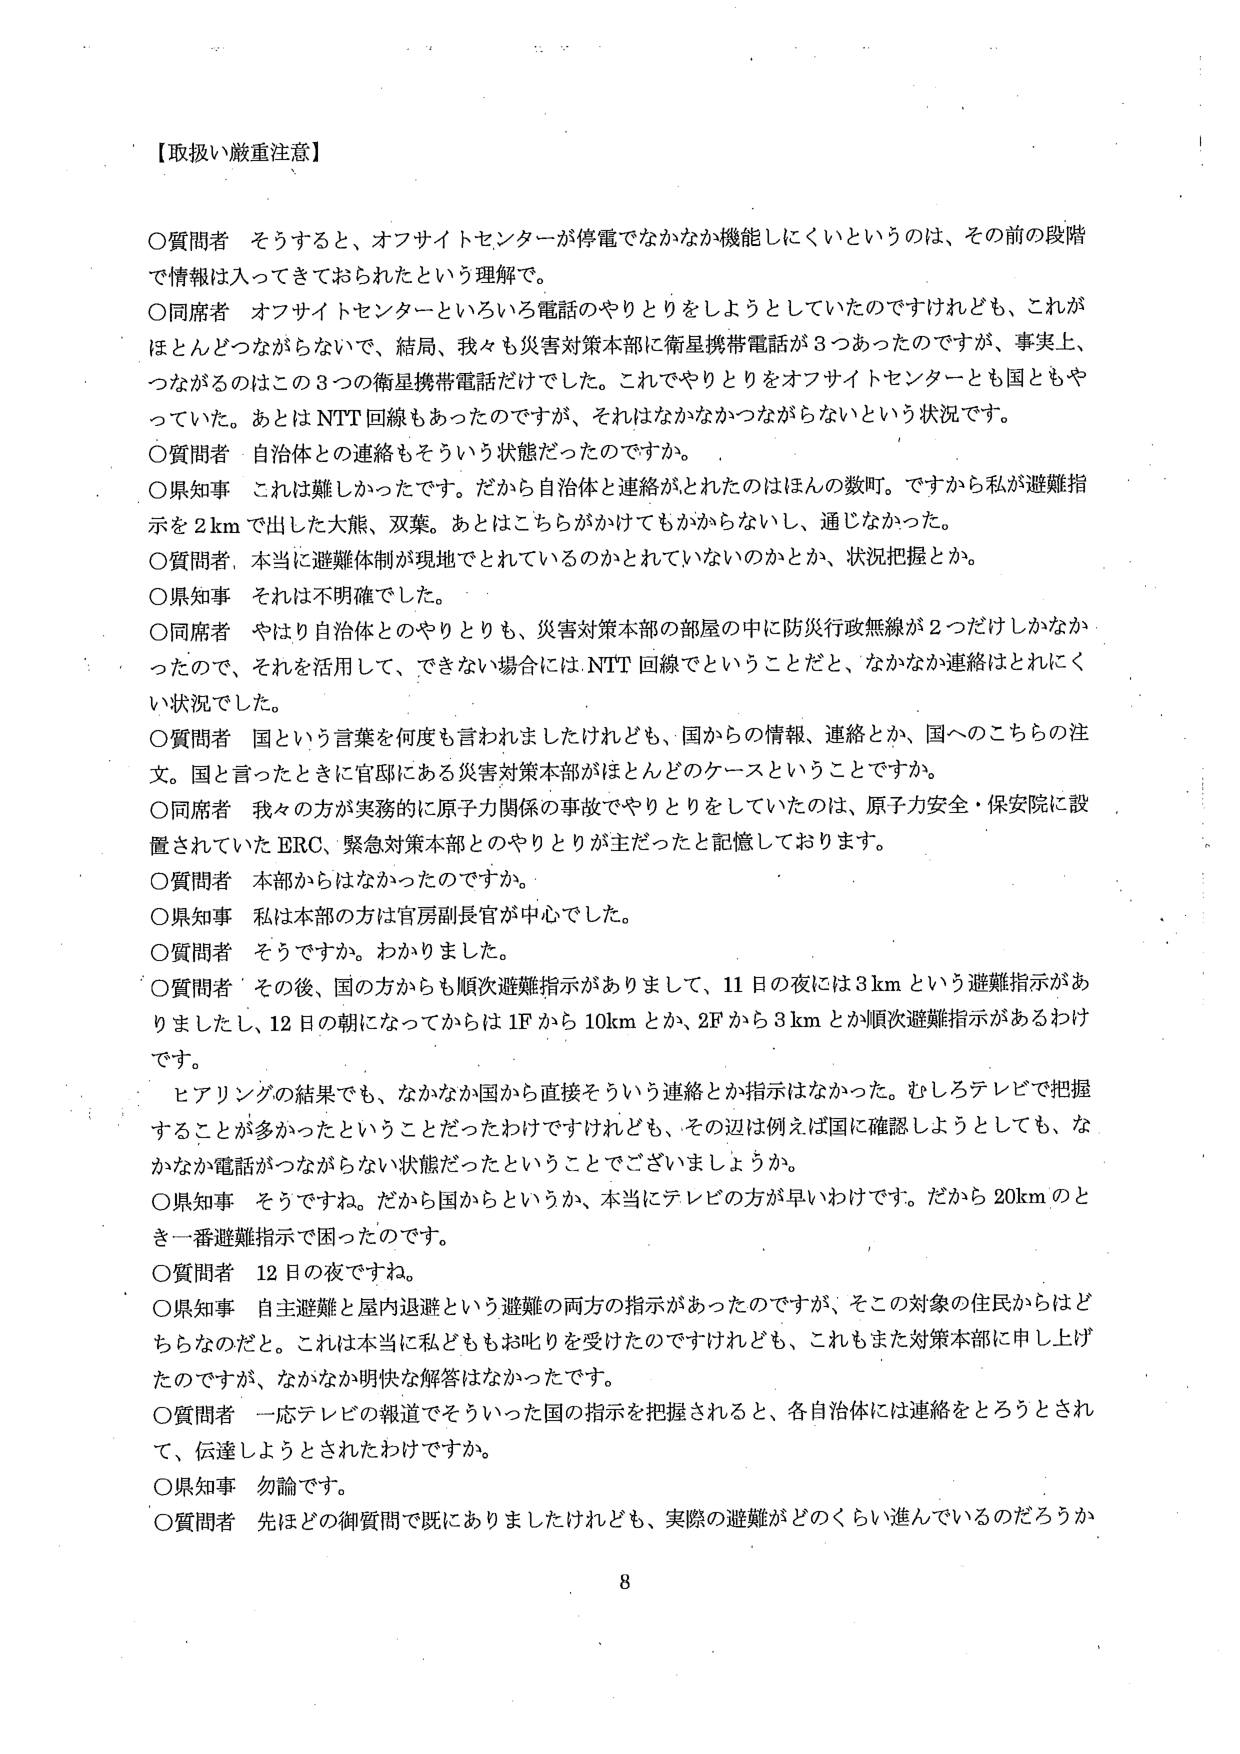
【取扱い厳重注意】

○質問者 そうすると、オフサイトセンターが停電でなかなか機能しにくいというのは、その前の段階で情報は入ってきておられたという理解で。

○同席者 オフサイトセンターといろいろ電話のやりとりをしようとしていたのですけれども、これがほとんどつながらないで、結局、我々も災害対策本部に衛星携帯電話が3つあったのですが、事実上、つながるのはこの3つの衛星携帯電話だけでした。これでやりとりをオフサイトセンターとも国ともやっていた。あとはNTT回線もあったのですが、それはなかなかつながらないという状況です。

○質問者 自治体との連絡もそういう状態だったのですか。

○県知事 これは難しかったです。だから自治体と連絡がとれたのはほんの数町。ですから私が避難指示を2kmで出した大熊、双葉。あとはこちらがかけてもかからないし、通じなかった。

○質問者 本当に避難体制が現地でとれているのかとれていないのかとか、状況把握とか。

○県知事 それは不明確でした。

○同席者 やはり自治体とのやりとりも、災害対策本部の部屋の中に防災行政無線が2つだけしかなかったので、それを活用して、できない場合にはNTT回線でということだと、なかなか連絡はとれにくい状況でした。

○質問者 国という言葉を何度も言われましたけれども、国からの情報、連絡とか、国へのこちらの注文。国と言ったときに官邸にある災害対策本部がほとんどのケースということですか。

○同席者 我々の方が実務的に原子力関係の事故でやりとりをしていたのは、原子力安全・保安院に設置されていたERC、緊急対策本部とのやりとりが主だったと記憶しております。

○質問者 本部からはなかったのですか。

○県知事 私は本部の方は官房副長官が中心でした。

○質問者 そうですか。わかりました。

○質問者 その後、国の方からも順次避難指示がありまして、11日の夜には3kmという避難指示がありましたし、12日の朝になってからは1Fから10kmとか、2Fから3kmとか順次避難指示があるわけです。

ヒアリングの結果でも、なかなか国から直接そういう連絡とか指示はなかった。むしろテレビで把握することが多かったということだったわけですがけれども、その辺は例えば国に確認しようとしても、なかなか電話がつながらない状態だったということでございましょうか。

○県知事 そうですね。だから国からというか、本当にテレビの方が早いわけです。だから20kmのとき一番避難指示で困ったのです。

○質問者 12日の夜ですね。

○県知事 自主避難と屋内退避という避難の両方の指示があったのですが、そこの対象の住民からはどちらなのだと。これは本当に私どももお叱りを受けたのですけれども、これもまた対策本部に申し上げたのですが、なかなか明快な解答はなかったです。

○質問者 一応テレビの報道でそういった国の指示を把握されると、各自治体には連絡をとろうとされて、伝達しようとされたわけですか。

○県知事 勿論です。

○質問者 先ほどの御質問で既にありましたけれども、実際の避難がどのくらい進んでいるのだろうか

8